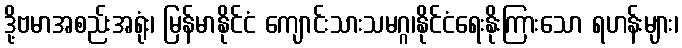
ဒို့ဗမာအစည်းအရုံး၊ မြန်မာနိုင်ငံ ကျောင်းသားသမဂ္ဂ၊နိုင်ငံရေးနိုးကြားသော ရဟန်းများ၊